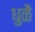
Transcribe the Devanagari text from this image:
धुळै